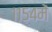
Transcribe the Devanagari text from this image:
११५४में